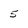
Character: 5